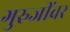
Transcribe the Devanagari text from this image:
गुरुजींवर